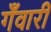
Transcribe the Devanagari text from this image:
गँवारी